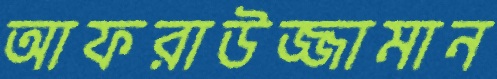
আফরাউজ্জামান